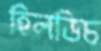
হিলডিচ